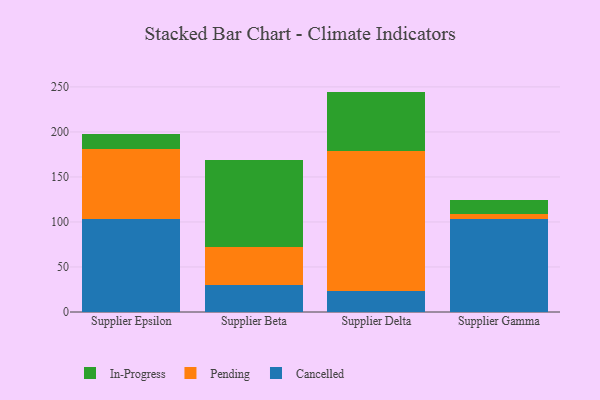
{"axis": {"x": "Supplier", "y": "Production Output"}, "legend": ["Cancelled", "In-Progress", "Pending"], "data": [{"x": "Supplier Epsilon", "y": 103.7, "type": "Cancelled"}, {"x": "Supplier Epsilon", "y": 77.6, "type": "Pending"}, {"x": "Supplier Epsilon", "y": 16.9, "type": "In-Progress"}, {"x": "Supplier Beta", "y": 30.0, "type": "Cancelled"}, {"x": "Supplier Beta", "y": 42.2, "type": "Pending"}, {"x": "Supplier Beta", "y": 96.4, "type": "In-Progress"}, {"x": "Supplier Delta", "y": 23.0, "type": "Cancelled"}, {"x": "Supplier Delta", "y": 156.0, "type": "Pending"}, {"x": "Supplier Delta", "y": 65.8, "type": "In-Progress"}, {"x": "Supplier Gamma", "y": 103.5, "type": "Cancelled"}, {"x": "Supplier Gamma", "y": 5.4, "type": "Pending"}, {"x": "Supplier Gamma", "y": 15.7, "type": "In-Progress"}]}